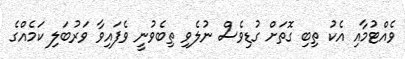
ވެއްޓުމާއި އެކު ތިބި ގޮތަށް ގުޑިވެސް ނުލެވި ތިބެވުނީ ވެފައިވާ ވަރުބަލި ކަމެއްގެ